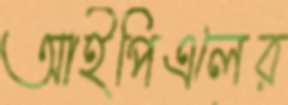
আইপিএলের